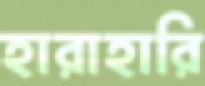
হারাহারি